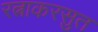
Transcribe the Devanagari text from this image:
रत्नाकरसुत